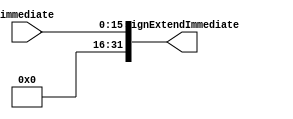
module ZeroExtend(immediate, signExtendImmediate);

input [15:0] immediate;
wire [15:0] immediate;
output [31:0] signExtendImmediate;
wire [31:0] signExtendImmediate;


assign signExtendImmediate [15:0]= immediate;
assign signExtendImmediate[16] = 0; 
assign signExtendImmediate[17] = 0; 
assign signExtendImmediate[18] = 0; 
assign signExtendImmediate[19] = 0; 
assign signExtendImmediate[20] = 0; 
assign signExtendImmediate[21] = 0; 
assign signExtendImmediate[22] = 0; 
assign signExtendImmediate[23] = 0; 
assign signExtendImmediate[24] = 0; 
assign signExtendImmediate[25] = 0; 
assign signExtendImmediate[26] = 0; 
assign signExtendImmediate[27] = 0; 
assign signExtendImmediate[28] = 0; 
assign signExtendImmediate[29] = 0; 
assign signExtendImmediate[30] = 0; 
assign signExtendImmediate[31] = 0; 



endmodule